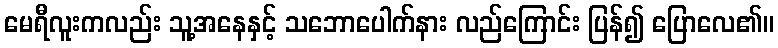
မေရီလူးကလည်း သူ့အနေနှင့် သဘောပေါက်နား လည်ကြောင်း ပြန်၍ ပြောလေ၏။